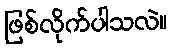
ဖြစ်လိုက်ပါသလဲ။